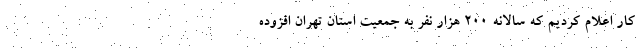
کار اعلام کردیم که سالانه ۲۰۰ هزار نفر به جمعیت استان تهران افزوده